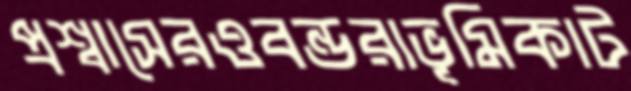
প্রশ্বাসেরওবন্ডরাভূমিকাট